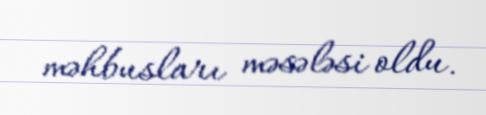
məhbusları məsələsi oldu.